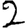
Digit: 2